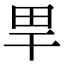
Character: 𤰠